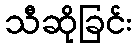
သီဆိုခြင်း